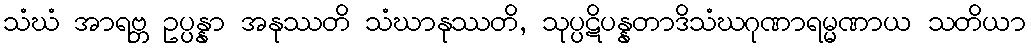
သံဃံ အာရဗ္ဘ ဥပ္ပန္နာ အနုဿတိ သံဃာနုဿတိ, သုပ္ပဋိပန္နတာဒိသံဃဂုဏာရမ္မဏာယ သတိယာ